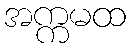
အက္ကမထ